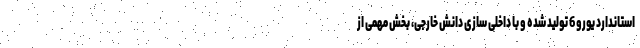
استاندارد یورو 6 تولید شده و با داخلی سازی دانش خارجی، بخش مهمی از